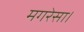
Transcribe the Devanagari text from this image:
मगरेसा।